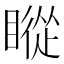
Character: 瞛